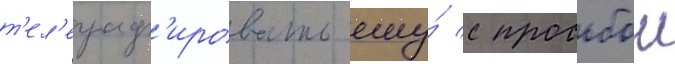
т'ел'еграф'ировать ему́ с просьбои